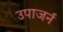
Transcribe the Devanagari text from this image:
उपाजर्न